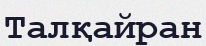
Талқайран